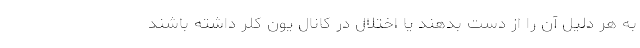
به هر دلیل آن را از دست بدهند یا اختلال در کانال یون کلر داشته باشند